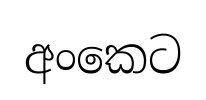
අංකෙට